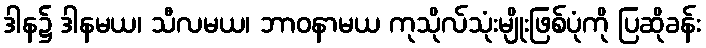
ဒါန၌ ဒါနမယ၊ သီလမယ၊ ဘာဝနာမယ ကုသိုလ်သုံးမျိုးဖြစ်ပုံကို ပြဆိုခန်း